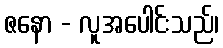
ဇနော - လူအပေါင်းသည်၊